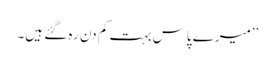
’’میرے پاس بہت کم دن رہ گئے ہیں۔